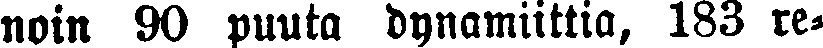
noin 90 puuta dynamiittia, 183 re-